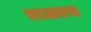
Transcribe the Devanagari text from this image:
पदमालया